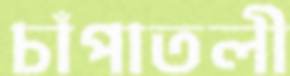
চাঁপাতলী